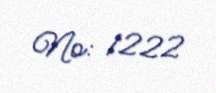
№: 1222